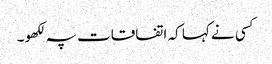
کسی نے کہا کہ اتفاقات پہ لکھو۔